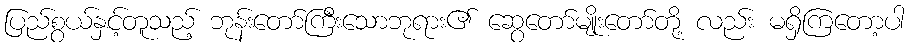
ပြည်စွယ်နှင့်တူသည့် ဘုန်းတော်ကြီးသောဘုရား၏ ဆွေတော်မျိုးတော်တို့ လည်း မရှိကြတော့ပါ